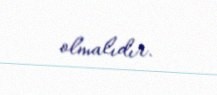
olmalıdır.